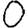
Digit: 0